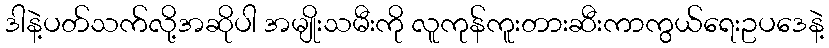
ဒါနဲ့ပတ်သက်လို့အဆိုပါ အမျိုးသမီးကို လူကုန်ကူးတားဆီးကာကွယ်ရေးဥပဒေနဲ့